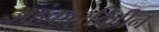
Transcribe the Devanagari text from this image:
अहंकारविहीन